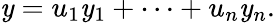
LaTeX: \mathit{y}=u_{1}\mathit{y}_{1}+\cdots+u_{n}\mathit{y}_{n}.